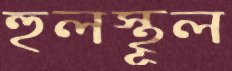
হুলস্থূল